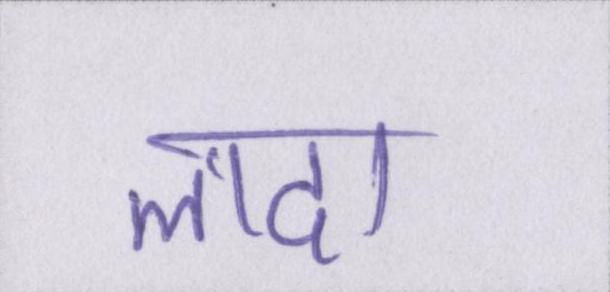
लादा